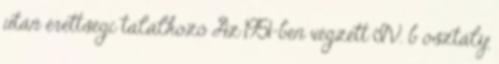
után érettségi találkozó Az 1951-ben végzett IV. b osztály